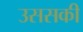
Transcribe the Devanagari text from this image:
उससकी